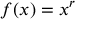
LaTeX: f ( x ) = x ^ { r }